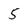
Character: 5